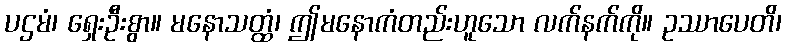
ပဌမံ၊ ရှေးဦးစွာ။ မနောသတ္ထံ၊ ဤမနောကံတည်းဟူသော လက်နက်ကို။ ဥဿာပေတိ၊